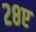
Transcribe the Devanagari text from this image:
२८ए